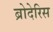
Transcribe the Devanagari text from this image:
ब्रोदेरिस